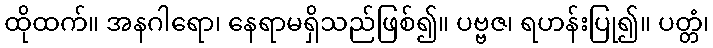
ထိုထက်။ အနဂါရော၊ နေရာမရှိသည်ဖြစ်၍။ ပဗ္ဗဇ၊ ရဟန်းပြု၍။ ပတ္တံ၊